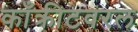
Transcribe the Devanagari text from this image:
काँक्रीटवरल